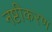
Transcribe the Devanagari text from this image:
नष्टीकरण